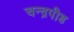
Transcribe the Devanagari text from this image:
चन्द्रपीड